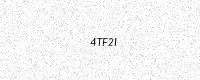
Text: 4TF2I